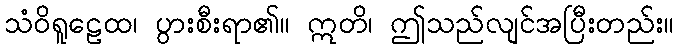
သံဝိရူဠေထ၊ ပွားစီးရာ၏။ ဣတိ၊ ဤသည်လျင်အပြီးတည်း။